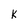
Character: k